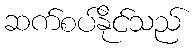
ဆက်စပ်နိုင်သည်